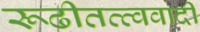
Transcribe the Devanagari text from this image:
रूढीतत्त्ववादी